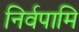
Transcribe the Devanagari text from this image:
निर्वपामि